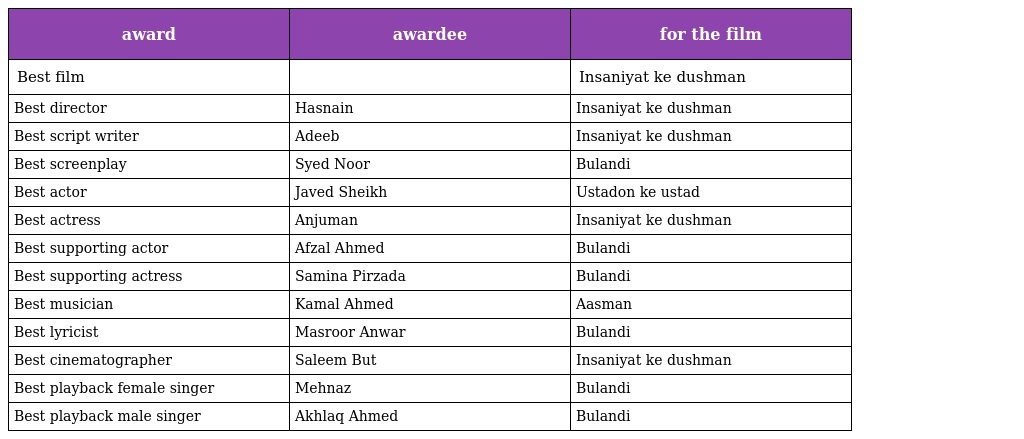
| award | awardee | for the film |
 | --- | --- | --- |
 | Best film |  | Insaniyat ke dushman |
 | Best director | Hasnain | Insaniyat ke dushman |
 | Best script writer | Adeeb | Insaniyat ke dushman |
 | Best screenplay | Syed Noor | Bulandi |
 | Best actor | Javed Sheikh | Ustadon ke ustad |
 | Best actress | Anjuman | Insaniyat ke dushman |
 | Best supporting actor | Afzal Ahmed | Bulandi |
 | Best supporting actress | Samina Pirzada | Bulandi |
 | Best musician | Kamal Ahmed | Aasman |
 | Best lyricist | Masroor Anwar | Bulandi |
 | Best cinematographer | Saleem But | Insaniyat ke dushman |
 | Best playback female singer | Mehnaz | Bulandi |
 | Best playback male singer | Akhlaq Ahmed | Bulandi |